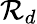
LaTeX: \mathcal{R}_{d}